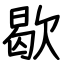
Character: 歇